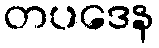
တပဒေန